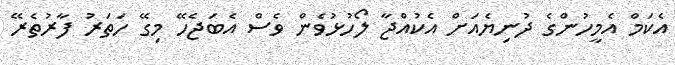
އެކަމް އެމީހުންގެ ދުނިޔެއަށް އެކުއްޖާ ލޯހުޅުވެން ވެސް އެބަޖެހޭ މިގޭ ހަތަރު ފާރުތެރޭ